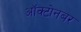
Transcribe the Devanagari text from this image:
ऑक्टोनबर